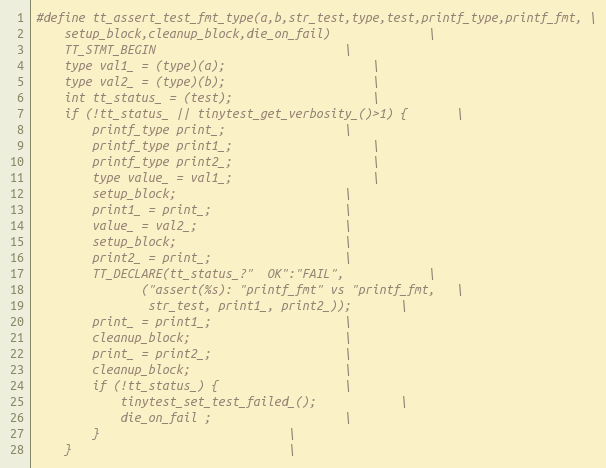
Language: C
#define tt_assert_test_fmt_type(a,b,str_test,type,test,printf_type,printf_fmt, \
    setup_block,cleanup_block,die_on_fail)				\
	TT_STMT_BEGIN							\
	type val1_ = (type)(a);						\
	type val2_ = (type)(b);						\
	int tt_status_ = (test);					\
	if (!tt_status_ || tinytest_get_verbosity_()>1)	{		\
		printf_type print_;					\
		printf_type print1_;					\
		printf_type print2_;					\
		type value_ = val1_;					\
		setup_block;						\
		print1_ = print_;					\
		value_ = val2_;						\
		setup_block;						\
		print2_ = print_;					\
		TT_DECLARE(tt_status_?"	 OK":"FAIL",			\
			   ("assert(%s): "printf_fmt" vs "printf_fmt,	\
			    str_test, print1_, print2_));		\
		print_ = print1_;					\
		cleanup_block;						\
		print_ = print2_;					\
		cleanup_block;						\
		if (!tt_status_) {					\
			tinytest_set_test_failed_();			\
			die_on_fail ;					\
		}							\
	}								\